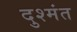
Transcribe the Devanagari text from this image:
दुश्मंत